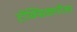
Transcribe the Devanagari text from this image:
टोक्सिकारीआ